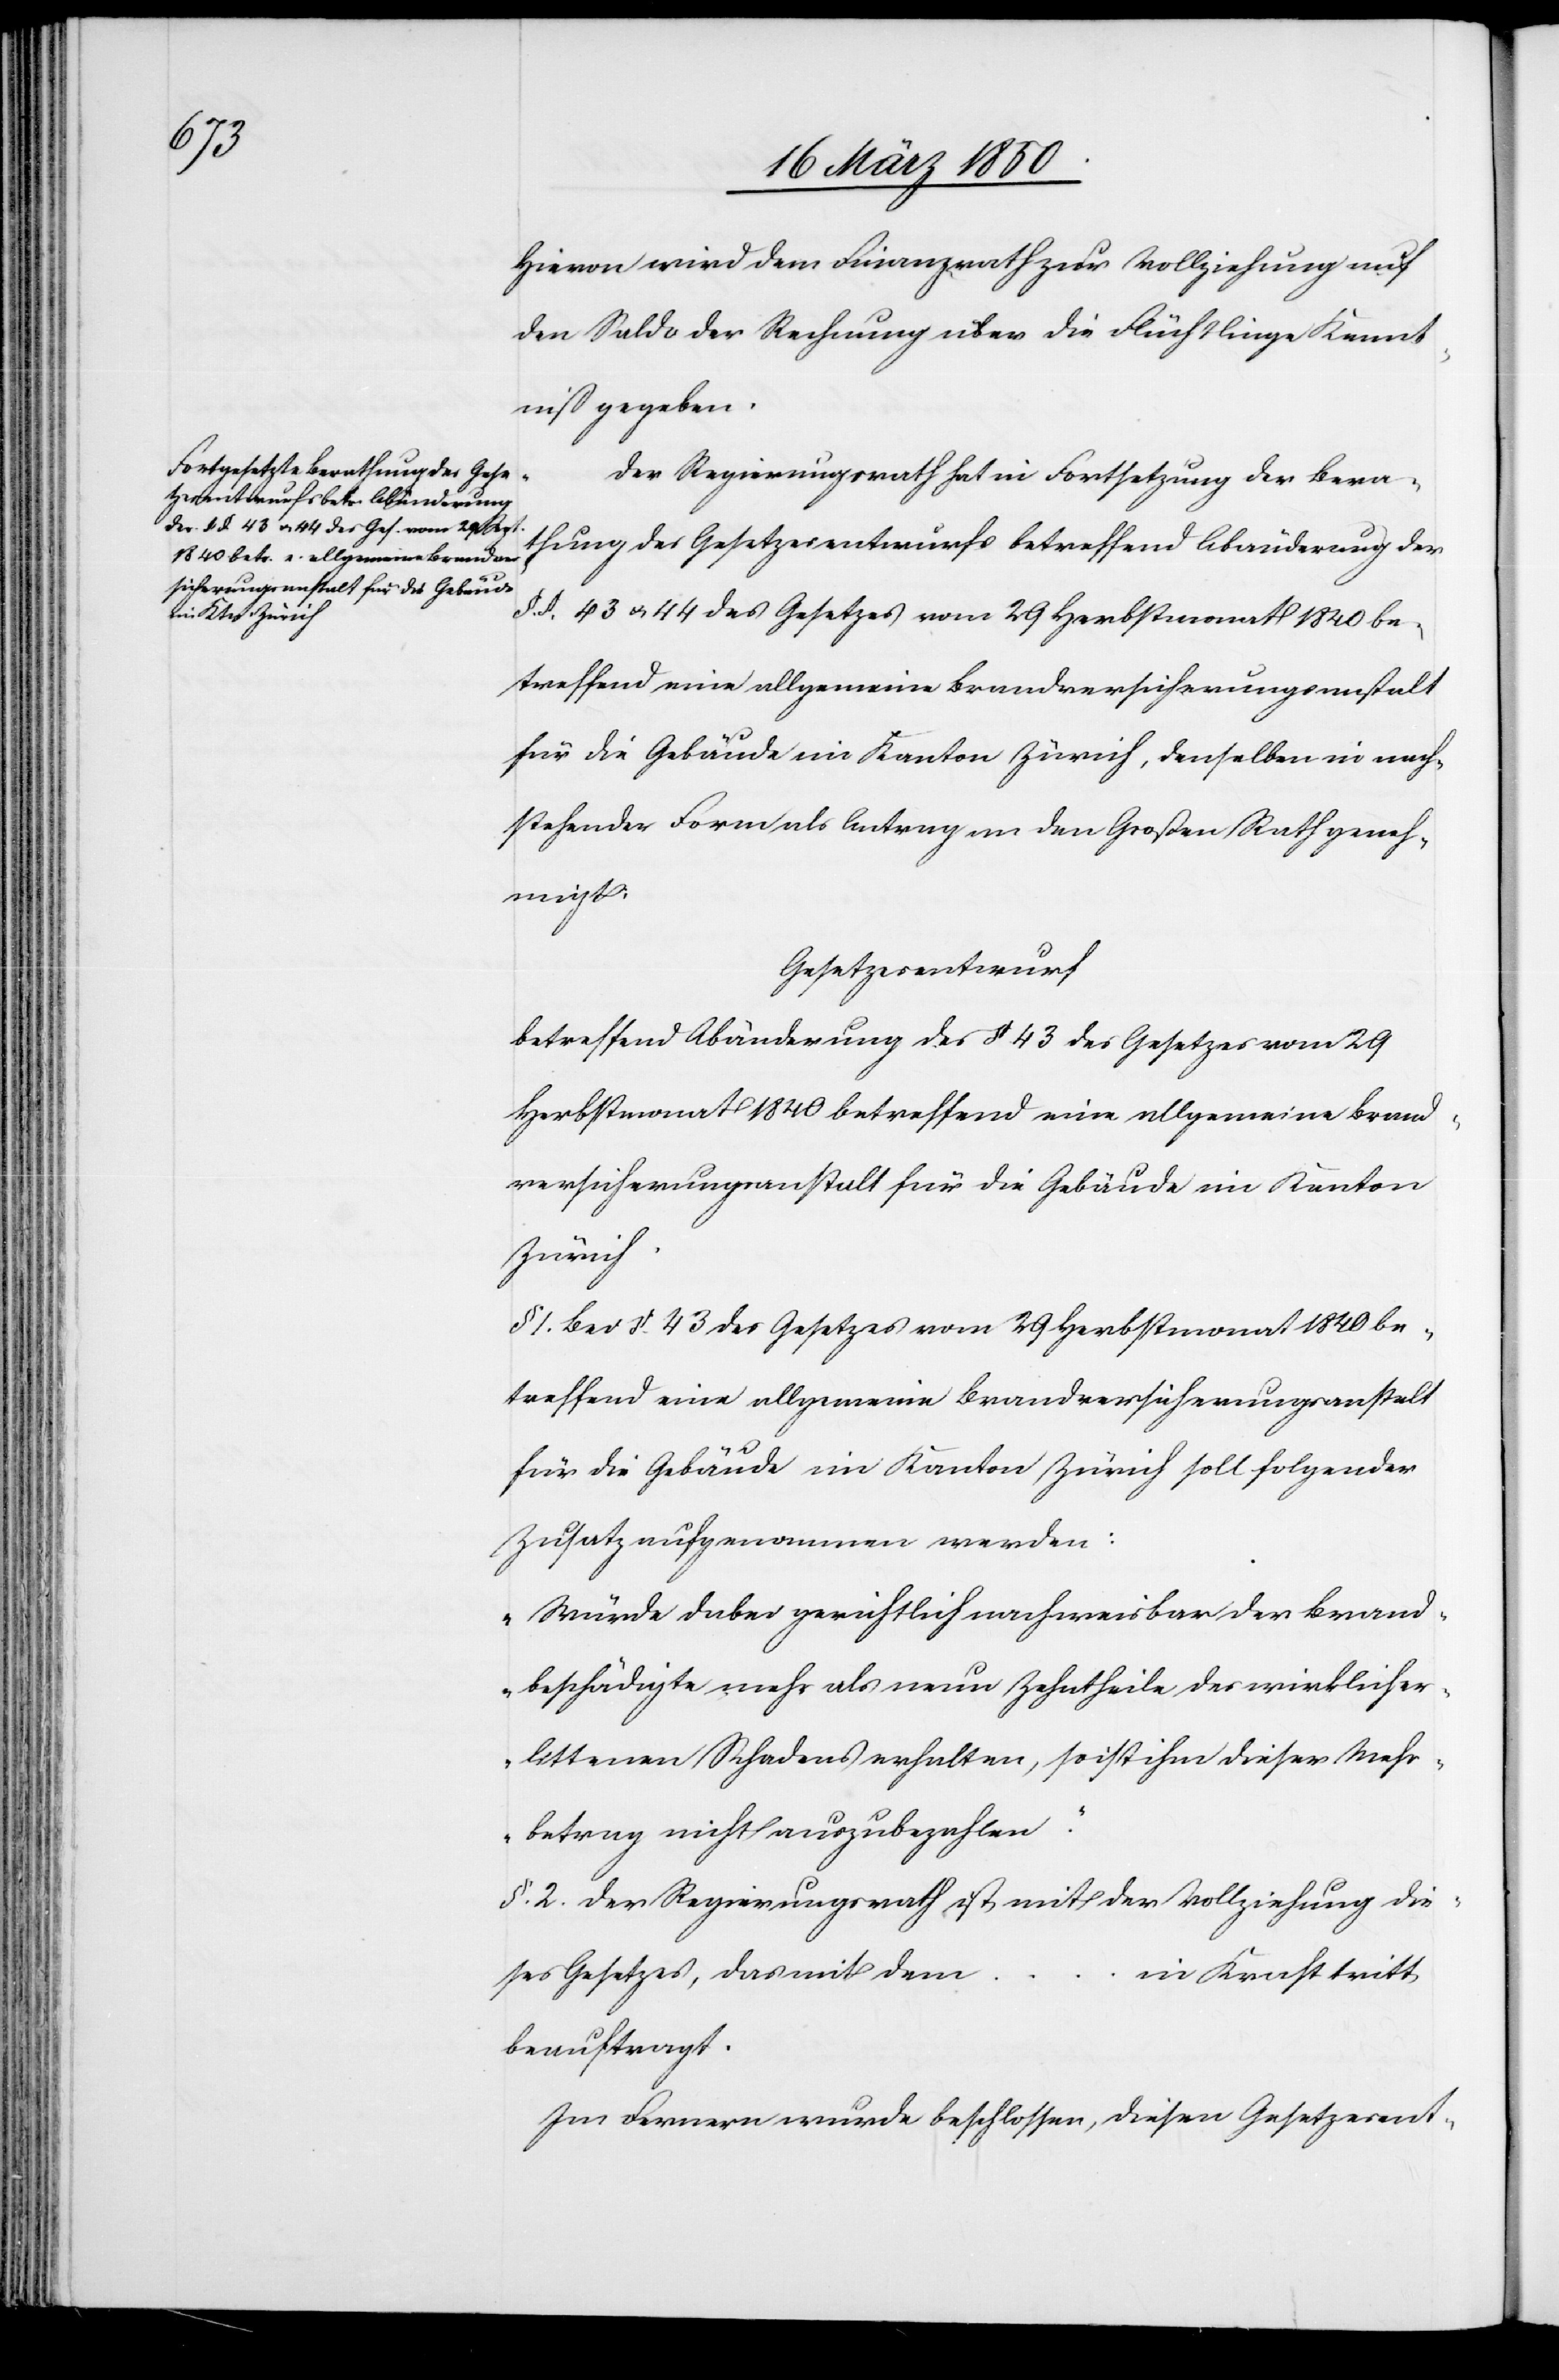
Hievon wird dem Finanzrath zur Vollziehung auf
den Saldo der Rechnung über die Flüchtlinge Kennt¬
niß gegeben.
Der Regierungsrath hat in Fortsetzung der Bera¬
thung des Gesetzesentwurfs betreffend Abänderung der
§. §. 43 u. 44 des Gesetzes vom 29 Herbstmonat 1840 be¬
treffend eine allgemeine Brandversicherungsanstalt
für die Gebäude im Kanton Zürich, denselben in nach¬
stehender Form als Antrag an den Großen Rath geneh¬
migt:
Gesetzesentwurf
betreffend Abänderung des § 43 des Gesetzes vom 29
Herbstmonat 1840 betreffend eine allgemeine Brand¬
versicherungsanstalt für die Gebäude im Kanton
Zürich.
§ 1. Bei §. 43 des Gesetzes vom 29 Herbstmonat 1840 be¬
treffend eine allgemeine Brandversicherungsanstalt
für die Gebäude im Kanton Zürich soll folgender
Zusatz aufgenommen werden:
„Würde dabei gerichtlich nachweisbar der Brand¬
beschädigte mehr als neun Zehntheile des wirklich er¬
littenen Schadens erhalten, so ist ihm dieser Mehr¬
betrag nicht auszubezahlen.“
§. 2. Der Regierungsrath ist mit der Vollziehung die¬
ses Gesetzes, das mit dem
… in Kraft tritt
beauftragt.
Im Fernern wurde beschlossen, diesen Gesetzesent-